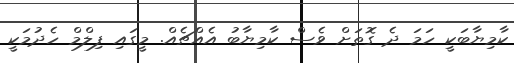
ކާމިޔާބަކީ ހަމަ ދެ ގޮތަށް ވެސް ކާމިޔާބު އެއްޗެއް. މީގައި ފިލްމް ހެދުމަކީ